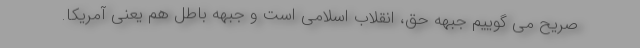
صریح می گوییم جبهه حق، انقلاب اسلامی است و جبهه باطل هم یعنی آمریکا.